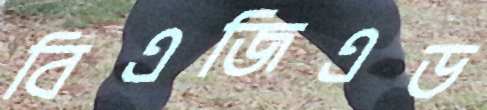
বিএজিএড